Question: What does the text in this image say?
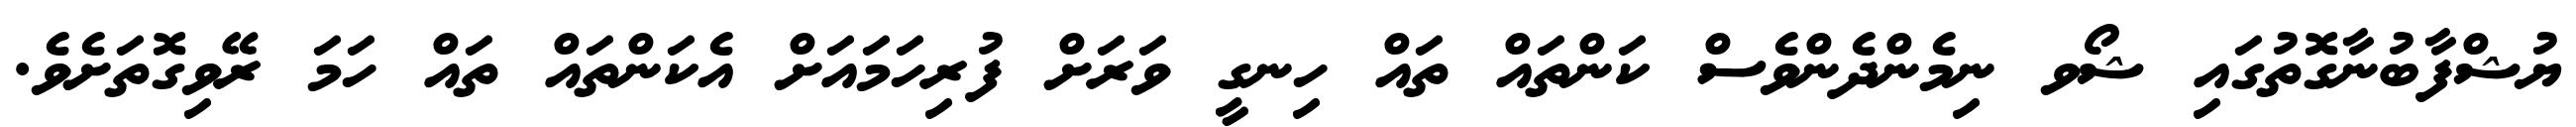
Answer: ޔުޝްފާބުނާގޮތުގައި ޝޯވ ނިމެންދެންވެސް ކަންތައް ތައް ހިނގީ ވަރަށް ފުރިހަމައަށް އެކަންތައް ތައް ހަމަ ރޭވިގޮތަށެވެ.